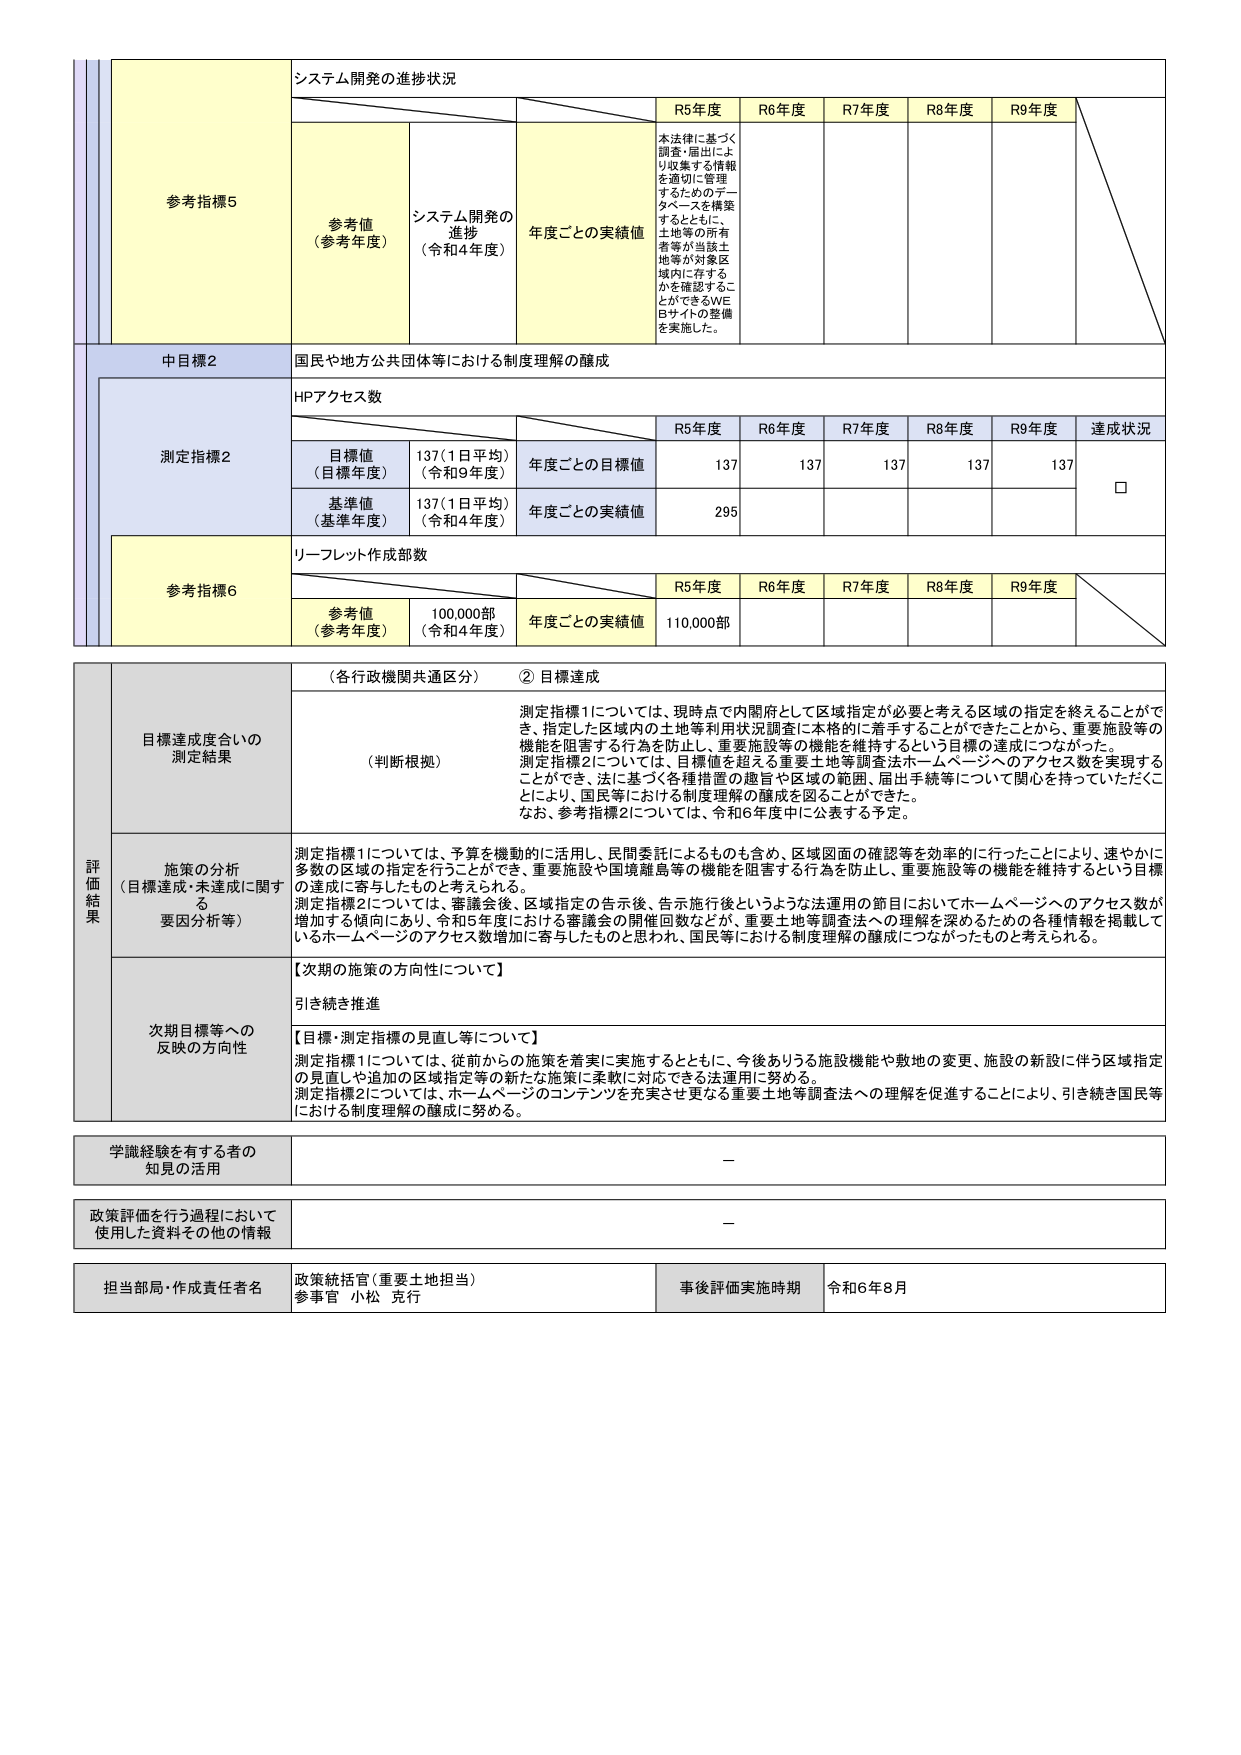
システム開発の進捗状況
参考指標5
参考値（参考年度）
システム開発の進捗（令和4年度）
年度ごとの実績値
R5年度
R6年度
R7年度
R8年度
R9年度
本法律に基づく調査・届出により収集する情報を適切に管理するためのデータベースを構築するとともに、土地等の所有者等が当該土地等が対象区域内に存するかを確認することができるWEBサイトの整備を実施した。

中目標2
国民や地方公共団体等における制度理解の醸成

測定指標2
HPアクセス数
目標値（目標年度）137（1日平均）（令和9年度）
基準値（基準年度）137（1日平均）（令和4年度）
年度ごとの目標値
R5年度
R6年度
R7年度
R8年度
R9年度
達成状況
137
137
137
137
137
□
年度ごとの実績値
295

参考指標6
リーフレット作成部数
参考値（参考年度）100,000部（令和4年度）
年度ごとの実績値
R5年度
R6年度
R7年度
R8年度
R9年度
110,000部

評価結果
目標達成度合いの測定結果
（各行政機関共通区分）②目標達成
（判断根拠）
測定指標1については、現時点で内閣府として区域指定が必要と考える区域の指定を終えることができ、指定した区域内の土地等利用状況調査に本格的に着手することができたことから、重要施設等の機能を阻害する行為を防止し、重要施設等の機能を維持するという目標の達成につながった。
測定指標2については、目標値を超える重要土地等調査法ホームページへのアクセス数を実現することにより、法に基づく各種措置の趣旨や区域の範囲、届出手続等について関心を持っていただくことにより、国民等における制度理解の醸成を図ることができた。
なお、参考指標2については、令和6年度中に公表する予定。

施策の分析（目標達成・未達成に関する要因分析等）
測定指標1については、予算を機動的に活用し、民間委託によるものも含め、区域図面の確認等を効率的に行ったことにより、速やかに多数の区域の指定を行うことができ、重要施設や国境離島等の機能を阻害する行為を防止し、重要施設等の機能を維持するという目標の達成に寄与したものと考えられる。
測定指標2については、審議会後、区域指定の告示後、告示施行後というような法運用の節目においてホームページへのアクセス数が増加する傾向にあり、令和5年度における審議会の開催回数などが、重要土地等調査法への理解を深めるための各種情報を掲載しているホームページのアクセス数増加に寄与したものと思われ、国民等における制度理解の醸成につながったものと考えられる。

次期目標等への反映の方向性
【次期の施策の方向性について】
引き続き推進
【目標・測定指標の見直し等について】
測定指標1については、従前からの施策を着実に実施するとともに、今後ありうる施設機能や敷地の変更、施設の新設に伴う区域指定の見直しや追加の区域指定等の新たな施策に柔軟に対応できる法運用に努める。
測定指標2については、ホームページのコンテンツを充実させ更なる重要土地等調査法への理解を促進することにより、引き続き国民等における制度理解の醸成に努める。

学識経験を有する者の知見の活用
－

政策評価を行う過程において使用した資料その他の情報
－

担当部局・作成責任者名
政策統括官（重要土地担当）
参事官 小松 克行
事後評価実施時期
令和6年8月